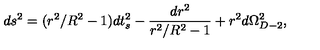
d s ^ { 2 } = ( r ^ { 2 } / R ^ { 2 } - 1 ) d t _ { s } ^ { 2 } - { \frac { d r ^ { 2 } } { r ^ { 2 } / R ^ { 2 } - 1 } } + r ^ { 2 } d \Omega _ { D - 2 } ^ { 2 } ,